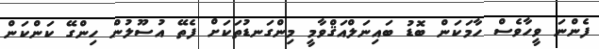
ފެންނަ ވީހާވެސް ހާމަކަން ބޮޑު ބައިނަލްއަޤްވާމީ މިންގަނޑުތަކަށް ފެތޭ އުސޫލުން ހިންގޭ ކަންކަން